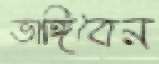
ভাঙ্গিবেন